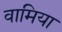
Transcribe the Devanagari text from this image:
वामिया